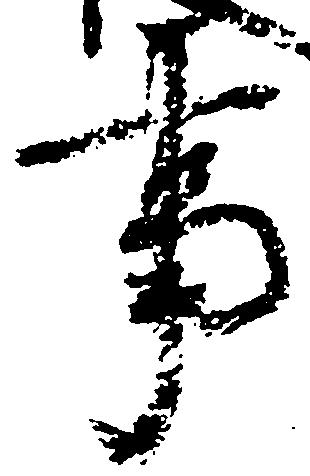
事